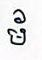
ម័